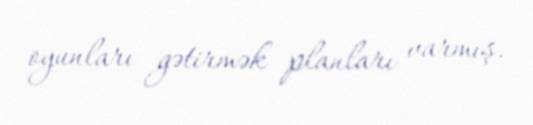
oyunları gətirmək planları varmış.